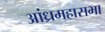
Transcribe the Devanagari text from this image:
आंध्रमहासभा